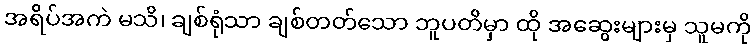
အရိပ်အကဲ မသိ၊ ချစ်ရုံသာ ချစ်တတ်သော ဘူပတိမှာ ထို အဆွေးများမှ သူမကို